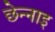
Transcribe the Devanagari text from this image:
छेन्नाइ